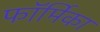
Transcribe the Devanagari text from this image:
फॉर्मिका